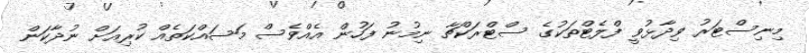
މިނިސްޓަރު ވިދާޅުވީ ފްލެޓްތަކުގެ ސްޓްރަކްޗާ ނިމުނު ފަހުން އެއްވެސް މަސައްކަތެއް ކުރިއަށް ނުދާކަން